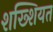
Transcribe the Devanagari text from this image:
शख्शियत